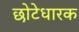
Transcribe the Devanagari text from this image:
छोटेधारक